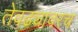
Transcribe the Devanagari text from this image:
तेवढ्यावरच